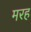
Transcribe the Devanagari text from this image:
मरह